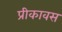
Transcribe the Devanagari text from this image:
प्रीकावस